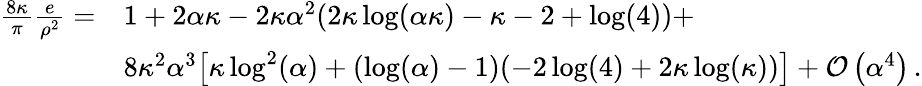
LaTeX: \begin{array}{rl}{\frac{8\kappa}{\pi}\frac{e}{\rho^{2}}=}&{1+2\alpha\kappa-2\kappa\alpha^{2}(2\kappa\log(\alpha\kappa)-\kappa-2+\log(4))+}\\ &{8\kappa^{2}\alpha^{3}\big[\kappa\log^{2}(\alpha)+(\log(\alpha)-1)(-2\log(4)+2\kappa\log(\kappa))\big]+\mathcal{O}\left(\alpha^{4}\right)\, .}\end{array}